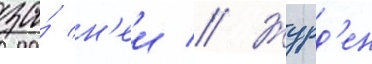
за́ н'еи // Журд'ен